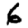
Digit: 6